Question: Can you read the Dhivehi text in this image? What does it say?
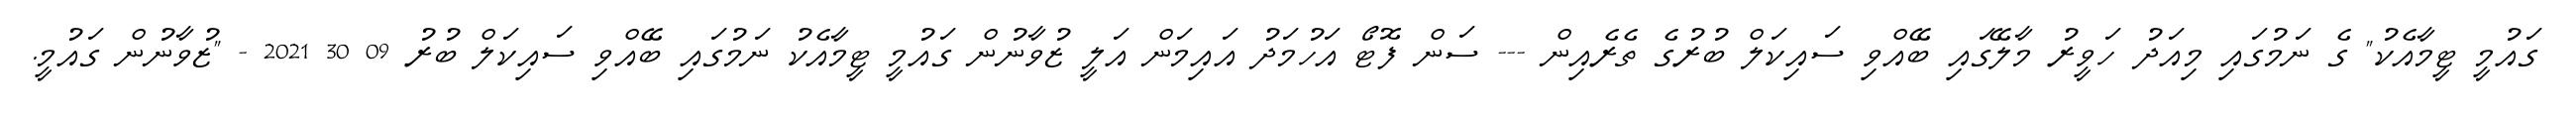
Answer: ގައުމީ ޓީމާއެކު" ގެ ނަމުގައި މިއަދު ހަވީރު މާލޭގައި ބޭއްވި ސައިކަލް ބުރުގެ ތެރެއިން --- ސަން ފޮޓޯ އަހުމަދު އައިމަން އަލީ ޒުވާނުން ގައުމީ ޓީމާއެކު ނަމުގައި ބޭއްވި ސައިކަލް ބުރު 09 30 2021 - "ޒުވާނުން ގައުމީ.